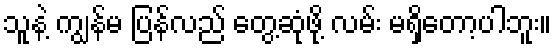
သူနဲ့ ကျွန်မ ပြန်လည် တွေ့ဆုံဖို့ လမ်း မရှိတော့ပါဘူး။